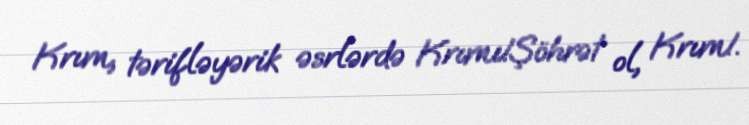
Krım, tərifləyərik əsrlərdə Krımı!Şöhrət ol, Krım!.